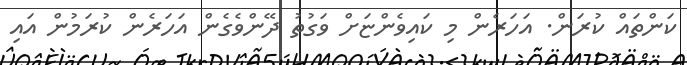
ކަންތައް ކުރަން. އަހަރެން މި ކައިވެންޏަށް ވަގުތު ދޭންވެގެން އަހަރެން ކުރަމުން އައި